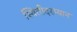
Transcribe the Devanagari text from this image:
स्थितीदरम्यान